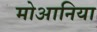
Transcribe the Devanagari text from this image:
मोआनिया